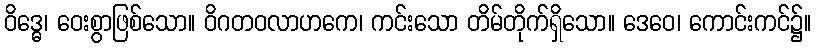
ဝိဒ္ဓေ၊ ဝေးစွာဖြစ်သော။ ဝိဂတဝလာဟကေ၊ ကင်းသော တိမ်တိုက်ရှိသော။ ဒေဝေ၊ ကောင်းကင်၌။